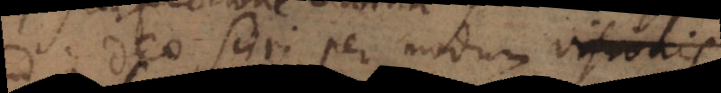
a Deo sciri per modum visionis